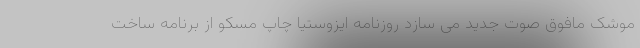
موشک مافوق صوت جدید می سازد روزنامه ایزوستیا چاپ مسکو از برنامه ساخت